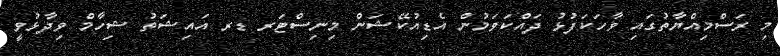
މި ރަސްމިއްޔާތުގައި ވާހަކަފުޅު ދައްކަވަމުން އެޑިއުކޭޝަން މިނިސްޓަރ ޑރ އައިޝަތު ޝިހާމް ވިދާޅުވީ